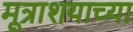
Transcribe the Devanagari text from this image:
मूत्राशयाच्या